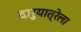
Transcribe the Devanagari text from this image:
दारुयात्रेला